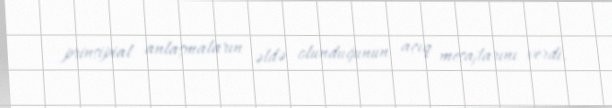
prinsipial anlaşmaların əldə olunduğunun açıq mesajlarını verdi.